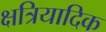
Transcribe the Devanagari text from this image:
क्षत्रियादिक